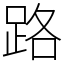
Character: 路